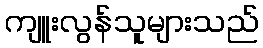
ကျူးလွန်သူများသည်